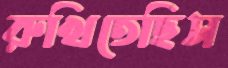
রুখিতেছিস